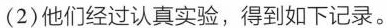
(2) 他们经过认真实验，得到如下记录。